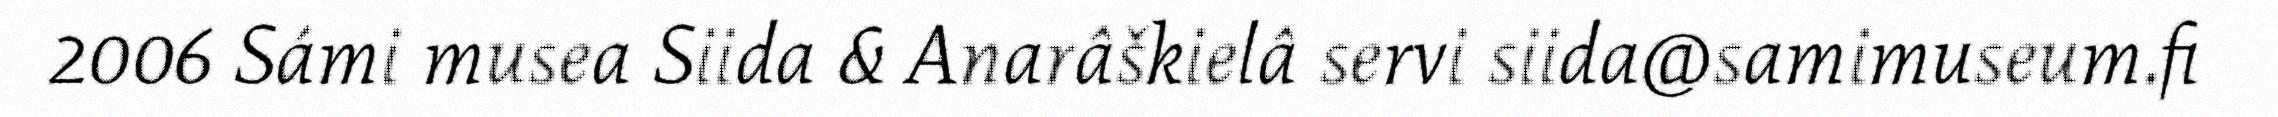
2006 Sámi musea Siida & Anarâškielâ servi siida@samimuseum.fi